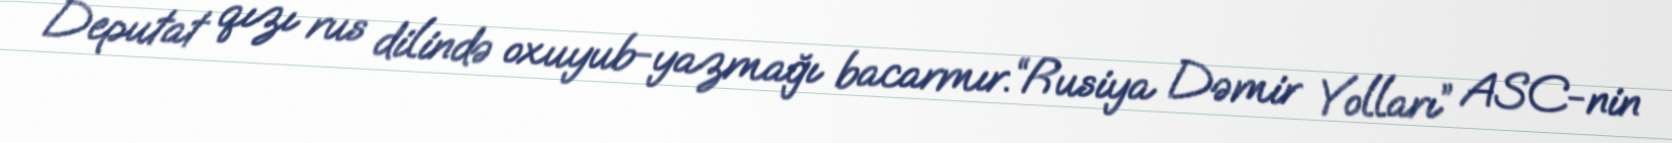
Deputat qızı rus dilində oxuyub-yazmağı bacarmır.“Rusiya Dəmir Yolları” ASC-nin